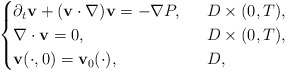
\begin{align*}\begin{cases}\partial_t\mathbf{v}+(\mathbf{v}\cdot \nabla)\mathbf{v}=-\nabla P,\ \ &D\times (0,T),\\\nabla\cdot \mathbf{v}=0,\ \ &D\times (0,T),\\\mathbf{v}(\cdot, 0)=\mathbf{v}_0(\cdot), \ \ &D,\end{cases}\end{align*}